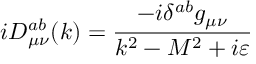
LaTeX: i D _ { \mu \nu } ^ { a b } ( k ) = \frac { - i \delta ^ { a b } g _ { \mu \nu } } { k ^ { 2 } - M ^ { 2 } + i \varepsilon }